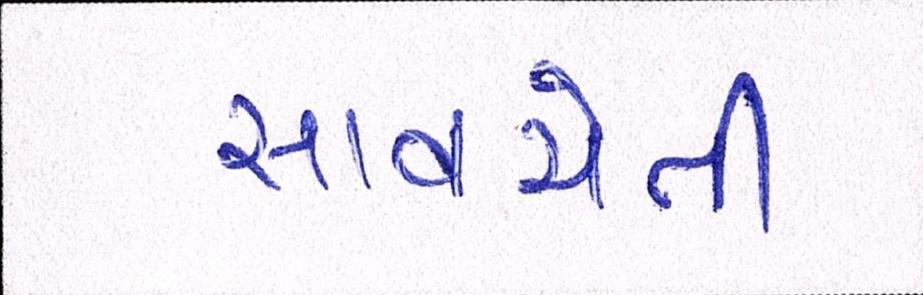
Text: સાવચેતી